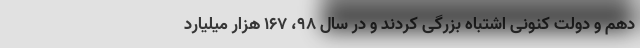
دهم و دولت کنونی اشتباه بزرگی کردند و در سال ۹۸، ۱۶۷ هزار میلیارد